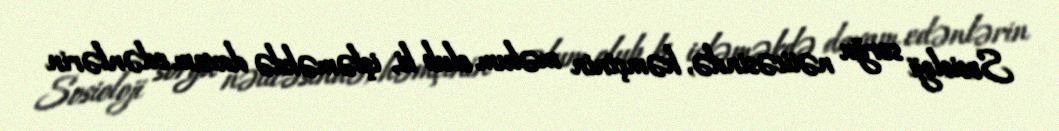
Sosioloji sorğu nəticəsində, həmçinin məlum olub ki, işləməkdə davam edənlərin